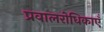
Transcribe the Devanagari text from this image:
प्रवालरोधिकाएँ